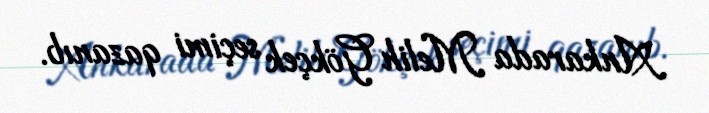
Ankarada Melih Gökçek seçimi qazanıb.